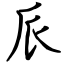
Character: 𠂢